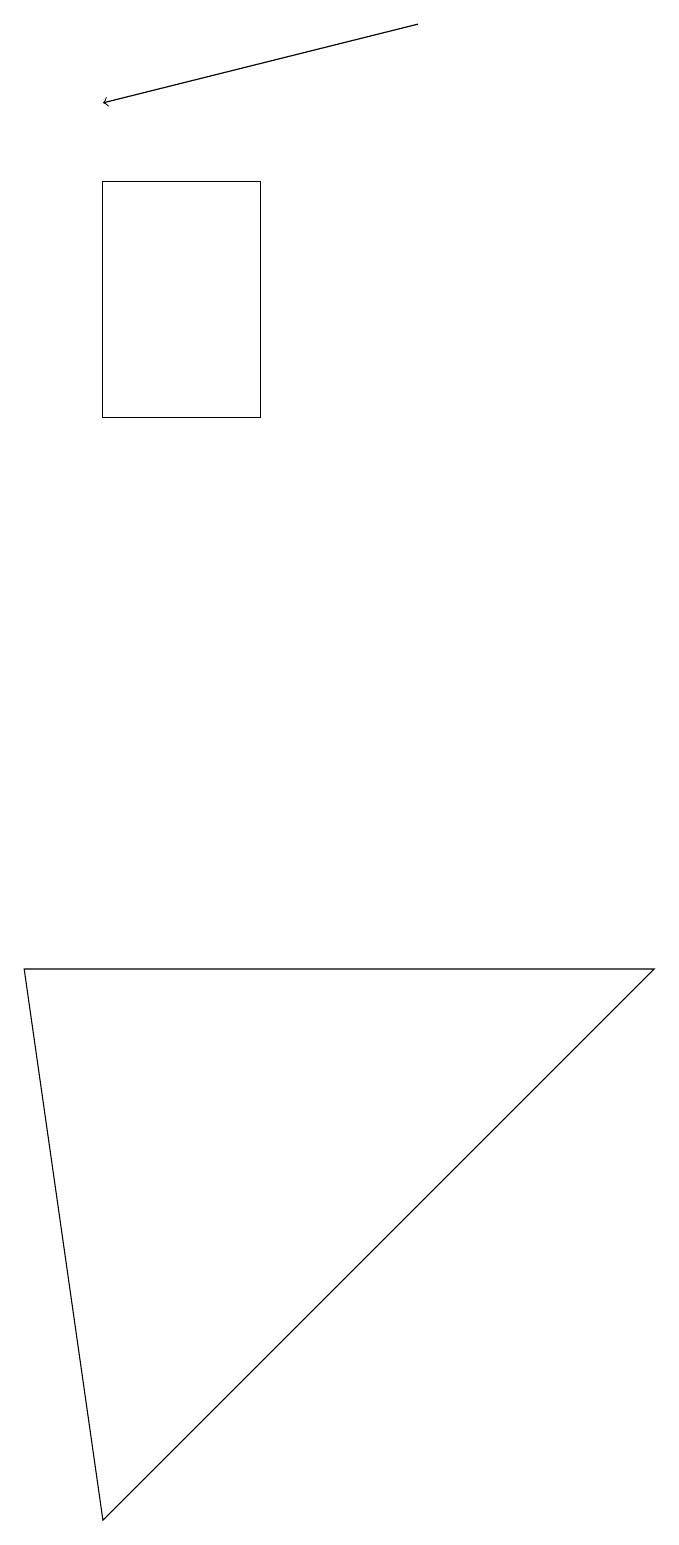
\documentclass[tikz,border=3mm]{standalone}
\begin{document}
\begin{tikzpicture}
\draw[->] (6,19) -- (2,18);
\draw (2,0) -- (9,7) -- (1,7) -- cycle;
\draw (2,17) rectangle (4,14);
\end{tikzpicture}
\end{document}